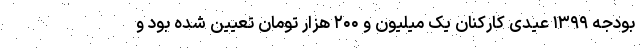
بودجه ۱۳۹۹ عیدی کارکنان یک میلیون و ۲۰۰ هزار تومان تعیین شده بود و